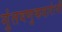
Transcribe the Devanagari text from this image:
गुंतवणुकदारांनी